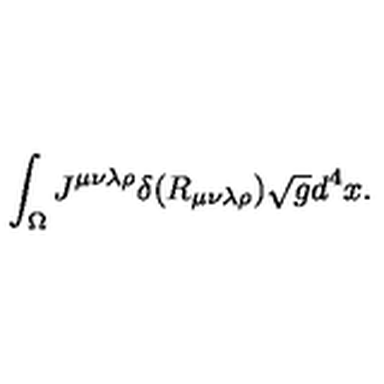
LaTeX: \int _ { \Omega } J ^ { \mu \nu \lambda \rho } \delta ( R _ { \mu \nu \lambda \rho } ) \sqrt { g } d ^ { 4 } x .